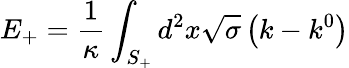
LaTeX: E_{+}=\frac{1}{\kappa}\int_{S_{+}}^{{}}d^{2}x\sqrt{\sigma}\left(k-k^{0}\right)